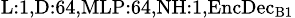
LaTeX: _{\textrm{L}:1,\textrm{D}:64,\textrm{MLP}:64,\textrm{NH}:1,\textrm{EncDec}_{\textrm{B}1}}